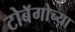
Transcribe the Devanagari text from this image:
टोबॅगोच्या